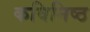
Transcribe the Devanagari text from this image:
कविनिष्ठ